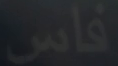
فاس